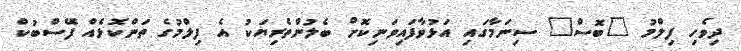
ދިވެހި ފިލްމު "ބޮސް" ސިނަމާގައި އަޅުވާފައިވަނިކޮށް ބެލުންތެރިޔަކު އެ ފިލްމުގެ ތަންކޮޅެއް ފޭސްބުކް